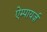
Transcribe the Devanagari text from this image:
ऐम्पायर्ज़